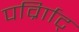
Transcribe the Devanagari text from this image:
पर्व्राािट्